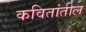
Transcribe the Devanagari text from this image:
कवितांतील